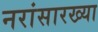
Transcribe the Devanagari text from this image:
नरांसारख्या